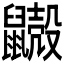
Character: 𪖃